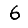
Digit: 6